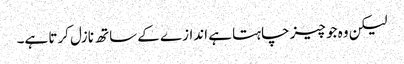
لیکن وہ جو چیز چاہتا ہے اندازے کے ساتھ نازل کرتا ہے۔